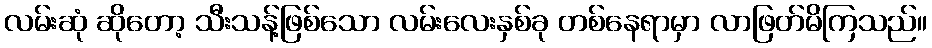
လမ်းဆုံ ဆိုတော့ သီးသန့်ဖြစ်သော လမ်းလေးနှစ်ခု တစ်နေရာမှာ လာဖြတ်မိကြသည်။